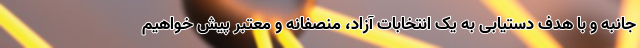
جانبه و با هدف دستیابی به یک انتخابات آزاد، منصفانه و معتبر پیش خواهیم